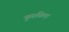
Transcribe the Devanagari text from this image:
कुरुविला